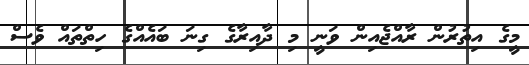
މީގެ އިތުރުން ރާއްޖެއިން ވަނީ މި ދާއިރާގެ ގިނަ ބައެއްގެ ހިތްތައް ވެސް